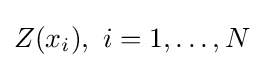
Z(x_{i}),\ i=1,\ldots ,N